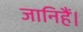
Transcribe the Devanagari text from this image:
जानिहैं।